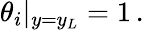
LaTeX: \theta_{i}\rvert_{y=y_{L}}=1\, .